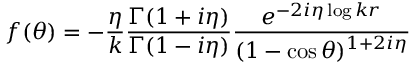
f ( \theta ) = - { \frac { \eta } { k } } { \frac { \Gamma ( 1 + i \eta ) } { \Gamma ( 1 - i \eta ) } } { \frac { e ^ { - 2 i \eta \log k r } } { ( 1 - \cos \theta ) ^ { 1 + 2 i \eta } } }